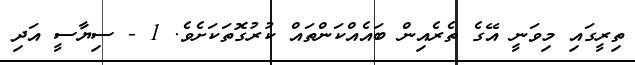
ތިރީގައި މިވަނީ އޭގެ ތެރެއިން ބައެއްކަންތައް ކުރުގޮތަކަށެވެ. 1 - ސިޔާސީ އަދި